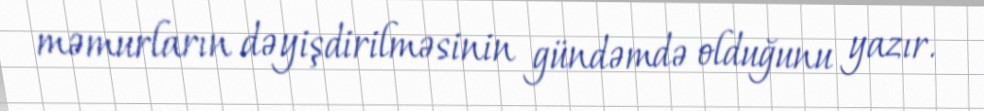
məmurların dəyişdirilməsinin gündəmdə olduğunu yazır.